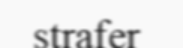
strafer